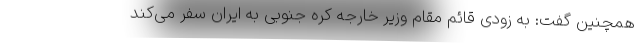
همچنین گفت: به زودی قائم مقام وزیر خارجه کره جنوبی به ایران سفر می‌کند